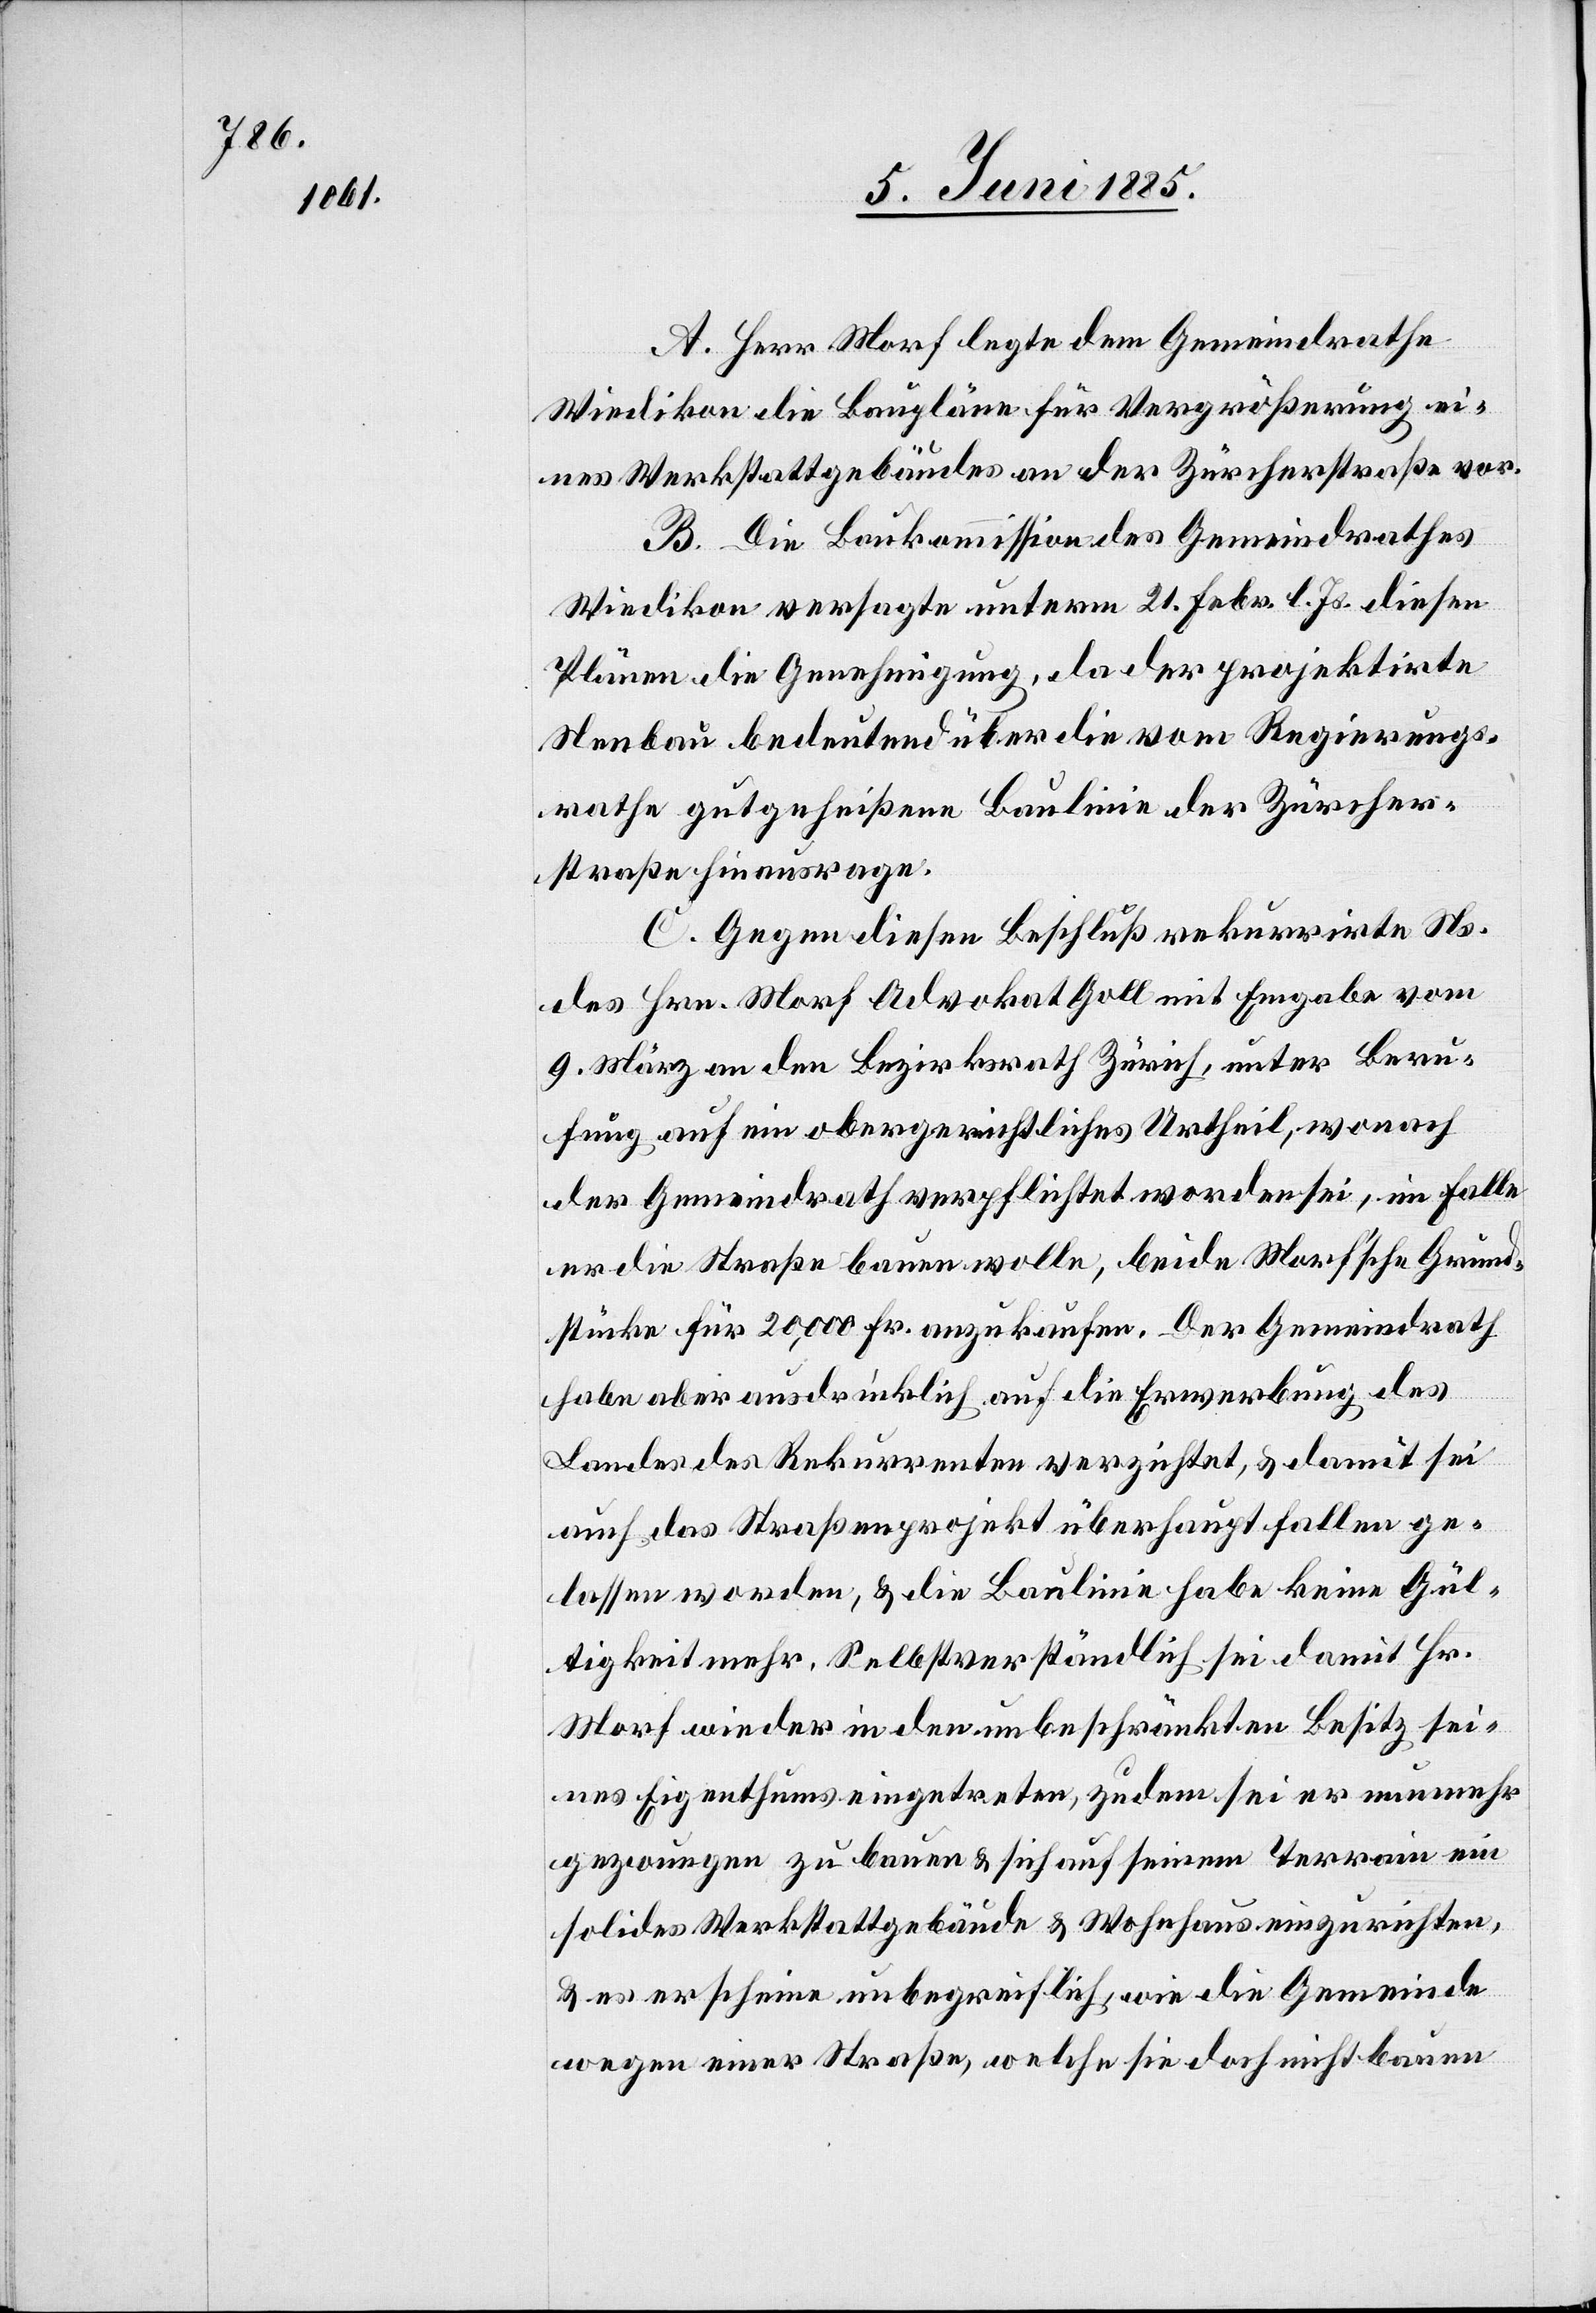
A. Herr Morf legte dem Gemeindrathe
Wiedikon die Baupläne für Vergrößerung ei¬
nes Werkstattgebäudes an der Zürcherstraße vor.
B. Die Baukommission des Gemeindrathes
Wiedikon versagte unterm 21. Febr. l. Js. diesen
Plänen die Genehmigung, da der projektirte
Neubau bedeutend über die vom Regierungs¬
rathe gutgeheißene Baulinie der Zürcher¬
straße hinausrage.
C. Gegen diesen Beschluß rekurrirte Ns.
des Hrn. Morf Advokat Goll mit Eingabe vom
9. März an den Bezirksrath Zürch, unter Beru¬
fung auf ein obergerichtliches Urtheil, wonach
der Gemeindrath verpflichtet worden sei, im Falle
er die Straße bauen wolle, beide Morf’sche Grund¬
gstücke für 20,000 Fr. anzukaufen. Der Gemeindrath
habe aber ausdrücklich auf die Erwerbung des
Landes des Rekurrenten verzichtet, & damit sei
auch das Straßenprojekt überhaupt fallen ge¬
lassen worden, & die Baulinie habe keine Gül¬
tigkeit mehr. Selbstverständlich sei damit Hr.
Morf wieder in den unbeschränkten Besitz sei¬
nes Eigenthumes eingetreten, zudem sei er nunmehr
gezwungen zu bauen & sich auf seinem Terrain ein
solides Werkstattgebäude & Wohnhaus einzurichten,
& es erscheine unbegreiflich, wie die Gemeinde
wegen einer Straße, welche sie doch nicht bauen